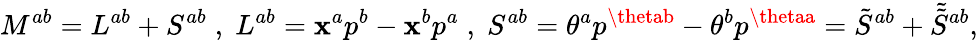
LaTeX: M^{ab}=L^{ab}+S^{ab}\; ,\; L^{ab}=\mathbf{x}^{a}p^{b}-\mathbf{x}^{b}p^{a}\; ,\; S^{ab}=\theta^{a}p^{\thetab}-\theta^{b}p^{\thetaa}=\tilde{{S}}^{ab}+\tilde{{\tilde{{S}}}}{}^{ab},